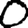
Digit: 0